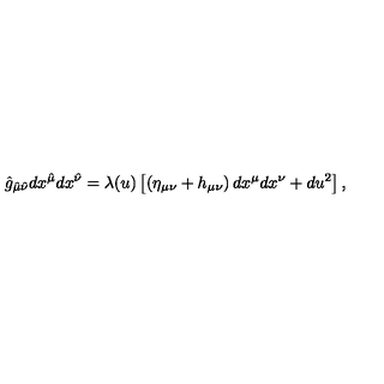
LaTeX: \hat { g } _ { \hat { \mu } \hat { \nu } } d x ^ { \hat { \mu } } d x ^ { \hat { \nu } } = \lambda ( u ) \left[ \left( \eta _ { \mu \nu } + h _ { \mu \nu } \right) d x ^ { \mu } d x ^ { \nu } + d u ^ { 2 } \right] ,